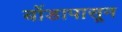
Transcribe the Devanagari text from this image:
बोंडापासून